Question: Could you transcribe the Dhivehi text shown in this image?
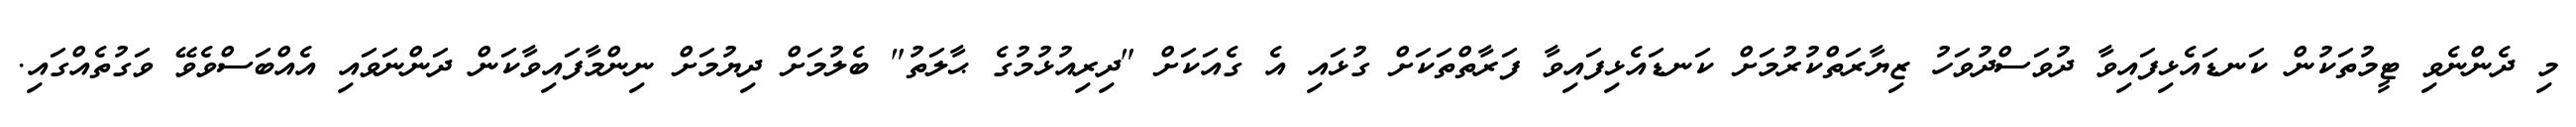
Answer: މި ދެންނެވި ޓީމުތަކުން ކަނޑައެޅިފައިވާ ދުވަސްދުވަހު ޒިޔާރަތްކުރުމަށް ކަނޑައެޅިފައިވާ ފަރާތްތަކަށް ގުޅައި އެ ގެއަކަށް "ދިރިއުޅުމުގެ ޙާލަތު" ބެލުމަށް ދިޔުމަށް ނިންމާފައިވާކަން ދަންނަވައި އެއްބަސްވެވޭ ވަގުތެއްގައި.